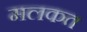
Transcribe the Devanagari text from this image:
मलकत